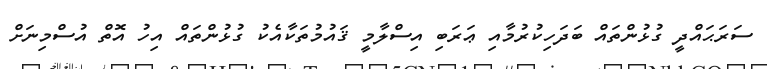
ސަރަޙައްދީ ގުޅުންތައް ބަދަހިކުރުމާއި ޢަރަބި އިސްލާމީ ޤައުމުތަކާއެކު ގުޅުންތައް އިހު އޮތް އުސްމިނަށް